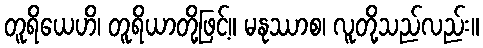
တူရိယေဟိ၊ တူရိယာတို့ဖြင့်။ မနုဿာစ၊ လူတို့သည်လည်း။